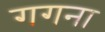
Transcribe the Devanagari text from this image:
गगना